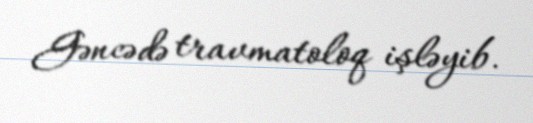
Gəncədə travmatoloq işləyib.